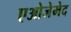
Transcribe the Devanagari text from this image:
एओजेमेद